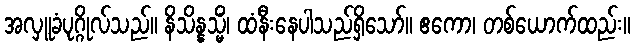
အလှူခံပုဂ္ဂိုလ်သည်။ နိသိန္နသ္မိံ၊ ထံနီးနေပါသည်ရှိသော်။ ဧကော၊ တစ်ယောက်ထည်း။